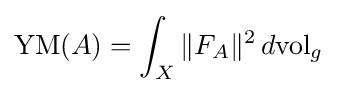
\operatorname {YM} (A)=\int _{X}\|F_{A}\|^{2}\,d\mathrm {vol} _{g}